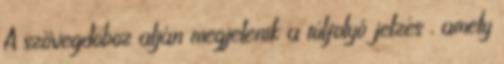
A szövegdoboz alján megjelenik a túlfolyó jelzés , amely